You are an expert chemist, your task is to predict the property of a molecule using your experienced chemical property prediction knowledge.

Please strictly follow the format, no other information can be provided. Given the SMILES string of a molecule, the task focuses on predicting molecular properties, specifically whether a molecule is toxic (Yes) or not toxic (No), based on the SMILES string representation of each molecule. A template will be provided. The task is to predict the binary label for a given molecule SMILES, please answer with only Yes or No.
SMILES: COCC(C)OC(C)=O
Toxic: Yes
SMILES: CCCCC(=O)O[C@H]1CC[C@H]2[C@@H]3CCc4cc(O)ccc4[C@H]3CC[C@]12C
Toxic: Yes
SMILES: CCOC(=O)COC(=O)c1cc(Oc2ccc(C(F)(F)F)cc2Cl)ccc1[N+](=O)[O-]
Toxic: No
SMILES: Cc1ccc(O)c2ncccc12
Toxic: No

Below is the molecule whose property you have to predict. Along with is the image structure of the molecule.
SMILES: CC(=O)Nc1nnc(S(N)(=O)=O)s1
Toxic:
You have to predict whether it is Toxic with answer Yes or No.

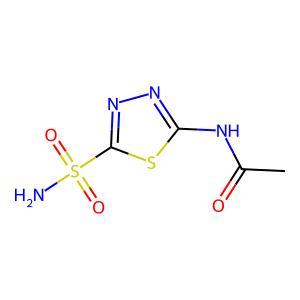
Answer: No